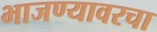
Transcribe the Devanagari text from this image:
भाजण्यावरचा